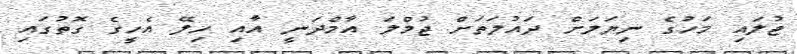
ޖުލައި މަހުގެ ނިޔަލަށް ދައުލަތަށް ޖުމްލަ އާމްދަނީ އާއި ހިލޭ އެހީގެ ގޮތުގައި